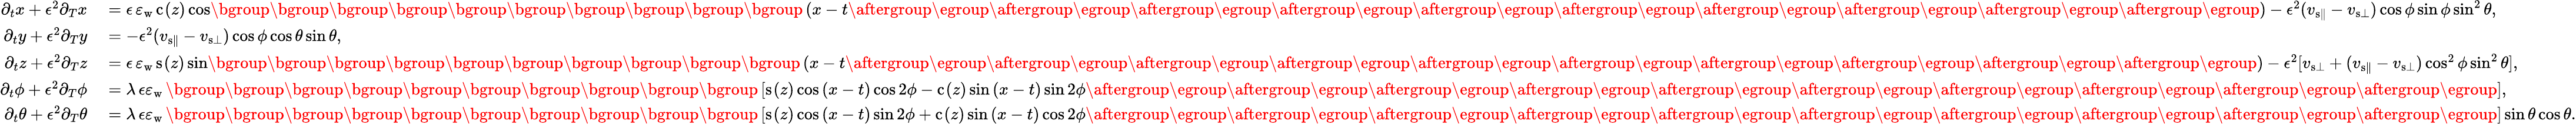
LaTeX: \begin{array}{rl}{\partial_{t}{x}+\epsilon^{2}\partial_{T}{x}}&{{}=\epsilon\, \varepsilon_{\mathrm{w}}\, \mathrm{c}_{}(z)\cos\mathopen{}\mathclose\bgroup\mathopen{}\mathclose\bgroup\mathopen{}\mathclose\bgroup\mathopen{}\mathclose\bgroup\mathopen{}\mathclose\bgroup\mathopen{}\mathclose\bgroup\mathopen{}\mathclose\bgroup\mathopen{}\mathclose\bgroup\mathopen{}\mathclose\bgroup\mathopen{}\mathclose\bgroup\left(x-t\aftergroup\egroup\aftergroup\egroup\aftergroup\egroup\aftergroup\egroup\aftergroup\egroup\aftergroup\egroup\aftergroup\egroup\aftergroup\egroup\aftergroup\egroup\aftergroup\egroup\right)-\epsilon^{2}(v_{{\mathrm{s}}\parallel}-v_{{\mathrm{s}}\bot})\cos\phi\sin\phi\sin^{2}\theta,}\\ {\partial_{t}{y}+\epsilon^{2}\partial_{T}{y}}&{{}=-\epsilon^{2}(v_{{\mathrm{s}}\parallel}-v_{{\mathrm{s}}\bot})\cos\phi\cos\theta\sin\theta,}\\ {\partial_{t}{z}+\epsilon^{2}\partial_{T}{z}}&{{}=\epsilon\, \varepsilon_{\mathrm{w}}\, \mathrm{s}_{}(z)\sin\mathopen{}\mathclose\bgroup\mathopen{}\mathclose\bgroup\mathopen{}\mathclose\bgroup\mathopen{}\mathclose\bgroup\mathopen{}\mathclose\bgroup\mathopen{}\mathclose\bgroup\mathopen{}\mathclose\bgroup\mathopen{}\mathclose\bgroup\mathopen{}\mathclose\bgroup\mathopen{}\mathclose\bgroup\left(x-t\aftergroup\egroup\aftergroup\egroup\aftergroup\egroup\aftergroup\egroup\aftergroup\egroup\aftergroup\egroup\aftergroup\egroup\aftergroup\egroup\aftergroup\egroup\aftergroup\egroup\right)-\epsilon^{2}[v_{{\mathrm{s}}\bot}+(v_{{\mathrm{s}}\parallel}-v_{{\mathrm{s}}\bot})\cos^{2}\phi\sin^{2}\theta],}\\ {\partial_{t}{\phi}+\epsilon^{2}\partial_{T}{\phi}}&{{}=\lambda\, \epsilon\varepsilon_{\mathrm{w}}\, \mathopen{}\mathclose\bgroup\mathopen{}\mathclose\bgroup\mathopen{}\mathclose\bgroup\mathopen{}\mathclose\bgroup\mathopen{}\mathclose\bgroup\mathopen{}\mathclose\bgroup\mathopen{}\mathclose\bgroup\mathopen{}\mathclose\bgroup\mathopen{}\mathclose\bgroup\mathopen{}\mathclose\bgroup\left[\mathrm{s}_{}(z)\cos{(x-t)}\cos{2\phi}-\mathrm{c}_{}(z)\sin{(x-t)}\sin{2\phi}\aftergroup\egroup\aftergroup\egroup\aftergroup\egroup\aftergroup\egroup\aftergroup\egroup\aftergroup\egroup\aftergroup\egroup\aftergroup\egroup\aftergroup\egroup\aftergroup\egroup\right],}\\ {\partial_{t}{\theta}+\epsilon^{2}\partial_{T}{\theta}}&{{}=\lambda\, \epsilon\varepsilon_{\mathrm{w}}\, \mathopen{}\mathclose\bgroup\mathopen{}\mathclose\bgroup\mathopen{}\mathclose\bgroup\mathopen{}\mathclose\bgroup\mathopen{}\mathclose\bgroup\mathopen{}\mathclose\bgroup\mathopen{}\mathclose\bgroup\mathopen{}\mathclose\bgroup\mathopen{}\mathclose\bgroup\mathopen{}\mathclose\bgroup\left[\mathrm{s}_{}(z)\cos{(x-t)}\sin{2\phi}+\mathrm{c}_{}(z)\sin{(x-t)}\cos{2\phi}\aftergroup\egroup\aftergroup\egroup\aftergroup\egroup\aftergroup\egroup\aftergroup\egroup\aftergroup\egroup\aftergroup\egroup\aftergroup\egroup\aftergroup\egroup\aftergroup\egroup\right]\sin\theta\cos\theta.}\end{array}